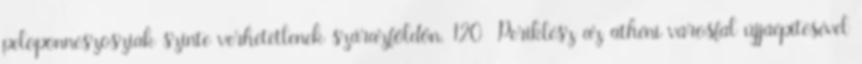
peloponnészosziak szinte verhetetlenek szárazföldön. 120 Periklész az athéni városfal újjáépítésével